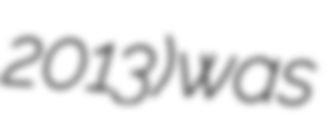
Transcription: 2013) was